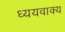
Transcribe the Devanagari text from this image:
ध्ययवाक्य